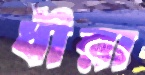
ধীরা